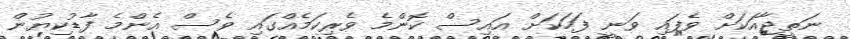
ނަތީޖާއަކަށް ވެފައި ވަނީ ފަހަކަށް އައިސް ކޮންމެ ވެރިކަމެއްގައި ވެސް އެންމެ ފާޑުކިޔުން